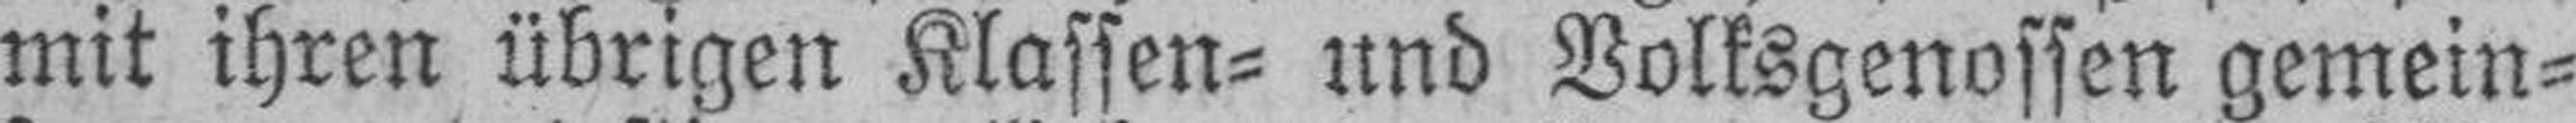
mit ihren übrigen Klassen- und Volksgenossen gemein¬